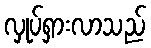
လှုပ်ရှားလာသည်